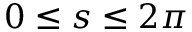
0 \leq s \leq 2 \pi